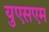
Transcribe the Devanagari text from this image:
युएसएम